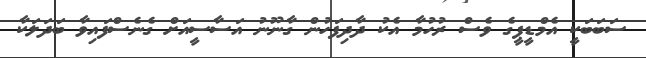
ސަބަބަކީ އެމްޑީޕީގެ ވެސް ރުހުމާ އެކު ދާދިފަހުން ގާނޫނު އަސާސީއަށް ގެނެސްފައިވާ ބަދަލަކާ